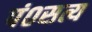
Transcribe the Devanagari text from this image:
पं०सत्य